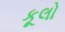
કૂલો